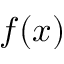
f ( x )